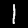
Digit: 1